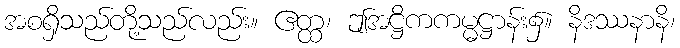
အစရှိသည်တို့သည်လည်း။ ဧတ္ထ၊ ဤအဋ္ဌိကကမ္မဋ္ဌာန်း၌။ နိဒဿနာနိ၊